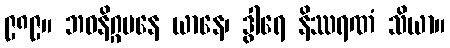
၉၈၉။ ဘဝနိဂ္ဂမနေ ယာနေ၊ ဒွါရေ နိဿရဏံ သိယာ။